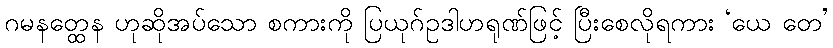
ဂမနတ္ထေန ဟုဆိုအပ်သော စကားကို ပြယုဂ်ဥဒါဟရုဏ်ဖြင့် ပြီးစေလိုရကား ‘ယေ တေ’